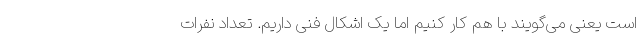
است‌ یعنی می‌گویند با هم کار کنیم اما یک اشکال فنی داریم. تعداد نفرات